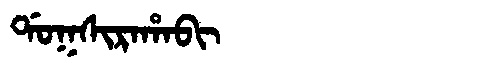
Manchu: ᡩᠣᡴᠰᡳᡵᠠᡥᠠᠪᡳ
Romanization: DOKSIRAHABI